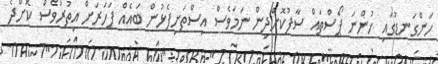
ހަންގަނޑުގައި ހުންނަ ޕޯސްތައް ސާފުކޮށްދިން ނަމަވެސް އިސްތަށިފެޅުން ބައެއް ފަހަރަށް އިތުރުވެސް ކޮށްދެ